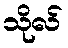
သိုလ်